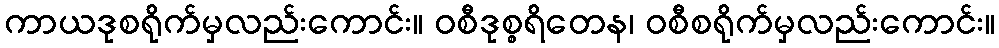
ကာယဒုစရိုက်မှလည်းကောင်း။ ဝစီဒုစ္စရိတေန၊ ဝစီစရိုက်မှလည်းကောင်း။